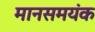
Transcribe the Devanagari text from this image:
मानसमयंक